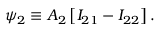
\psi _ { 2 } \equiv A _ { 2 } \left[ I _ { 2 1 } - I _ { 2 2 } \right] .